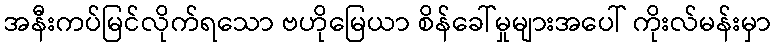
အနီးကပ်မြင်လိုက်ရသော ဗဟိုမြေယာ စိန်ခေါ်မှုများအပေါ် ကိုးလ်မန်းမှာ